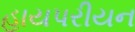
હાયપરીયન